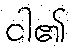
ငါ၏